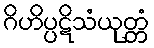
ဂိဟိပ္ပဋိသံယုတ္တံ